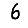
Digit: 6